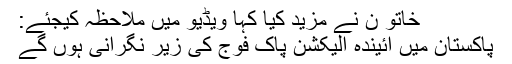
خاتو ن نے مزید کیا کہا ویڈیو میں ملاحظہ کیجئے:
پاکستان میں آئیندہ الیکشن پاک فوج کی زیر نگرانی ہوں گے